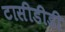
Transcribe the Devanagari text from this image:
टासीडीडी